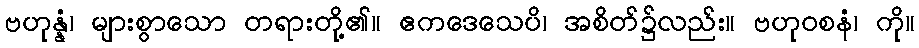
ဗဟုန္နံ၊ များစွာသော တရားတို့၏။ ဧကဒေသေပိ၊ အစိတ်၌လည်း။ ဗဟုဝစနံ၊ ကို။